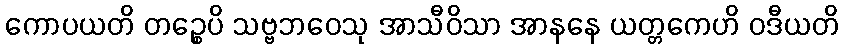
ကောပယတိ တဉ္စေပိ သဗ္ဗဘဝေသု အာသီဝိသာ အာနနေ ယတ္တကေဟိ ဝဒီယတိ